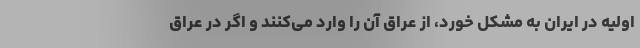
اولیه در ایران به مشکل خورد، از عراق آن را وارد می‌کنند و اگر در عراق